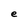
Character: e